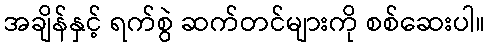
အချိန်နှင့် ရက်စွဲ ဆက်တင်များကို စစ်ဆေးပါ။